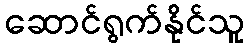
ဆောင်ရွက်နိုင်သူ